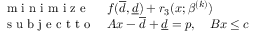
\begin{array} { l l } { \mathrm { ~ m ~ i ~ n ~ i ~ m ~ i ~ z ~ e ~ } } & { f ( \overline { d } , \underline { d } ) + r _ { 3 } ( x ; \beta ^ { ( k ) } ) } \\ { \mathrm { ~ s ~ u ~ b ~ j ~ e ~ c ~ t ~ t ~ o ~ } } & { A x - \overline { d } + \underline { d } = p , \quad B x \leq c } \end{array}